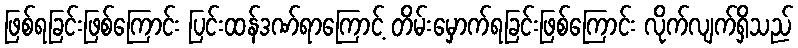
ဖြစ်ရခြင်းဖြစ်ကြောင်း ပြင်းထန်ဒဏ်ရာကြောင့် တိမ်းမှောက်ရခြင်းဖြစ်ကြောင်း လိုက်လျက်ရှိသည်